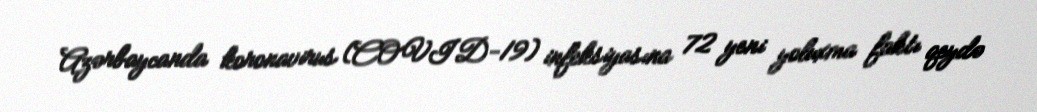
Azərbaycanda koronavirus (COVID-19) infeksiyasına 72 yeni yoluxma faktı qeydə